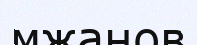
мжанов